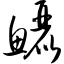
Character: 鲡